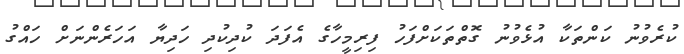
ކުރެވުނު ކަންތަކާ އުޅެވުނު ގޮތްތަކަށްފަހު ފިރިމީހާގެ އެފަދަ ކުދިކުދި ހަދިޔާ އަހަރެންނަށް ހައްގު